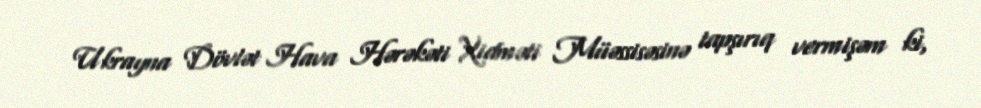
Ukrayna Dövlət Hava Hərəkəti Xidməti Müəssisəsinə tapşırıq vermişəm ki,